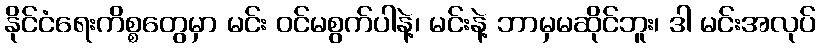
နိုင်ငံရေးကိစ္စတွေမှာ မင်း ဝင်မစွက်ပါနဲ့၊ မင်းနဲ့ ဘာမှမဆိုင်ဘူး၊ ဒါ မင်းအလုပ်